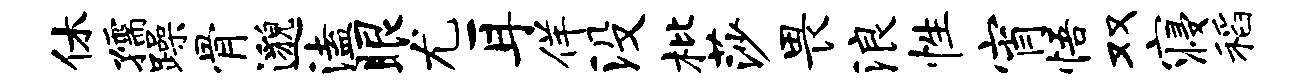
休孺躁骨邈溘眼尤耳佯没枇莎畏浪性宵悟双寝稻